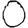
Digit: 0